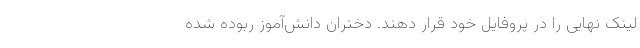
لینک نهایی را در پروفایل خود قرار دهند. دختران دانش‌‌آموزِ ربوده شده